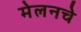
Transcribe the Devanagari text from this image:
मेलनचे